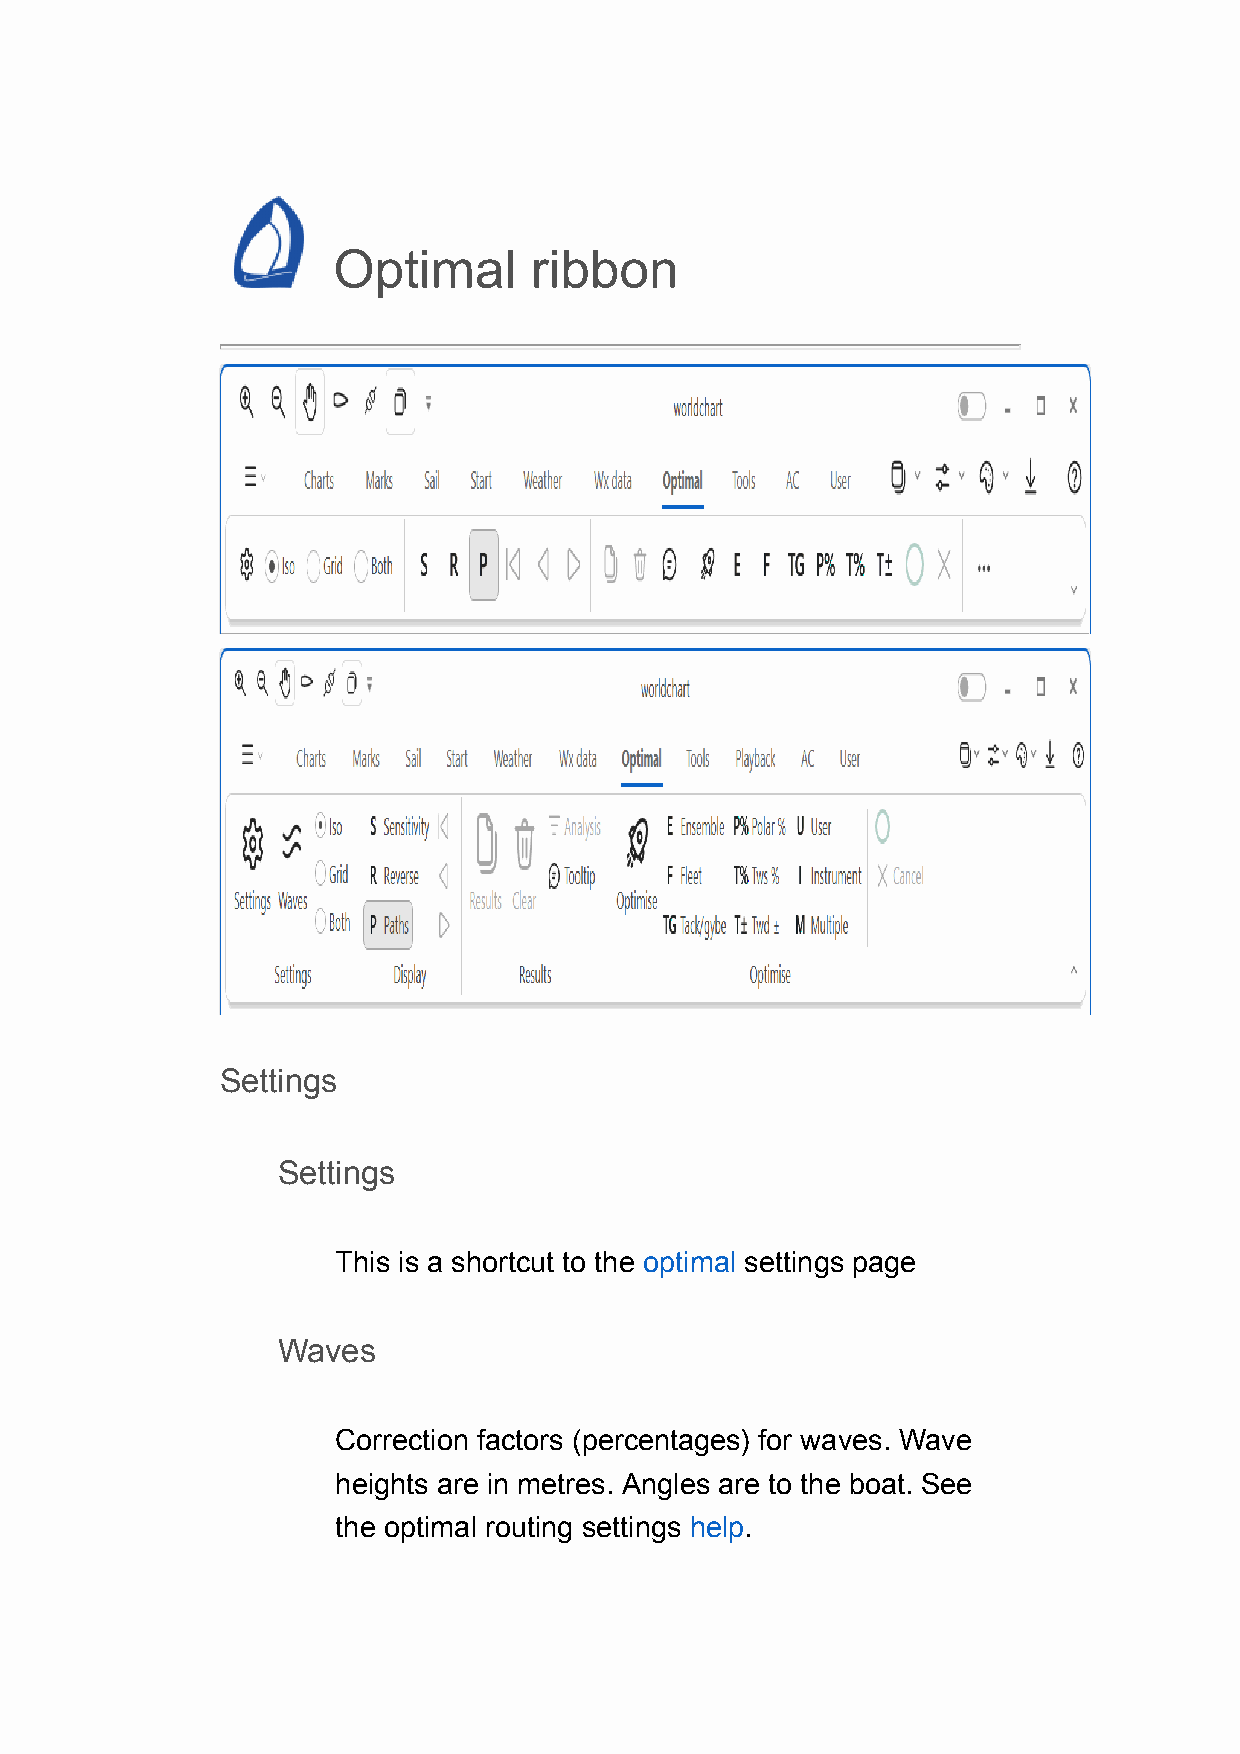
Optimal      ribbon
 Settings
 Settings
 This is a shortcut to the optimal settings page
 Waves
 Correction factors (percentages) for waves. Wave
 heights are in metres. Angles are to the boat. See
 the optimal routing settings help.